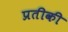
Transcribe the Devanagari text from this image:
प्रतीकी